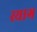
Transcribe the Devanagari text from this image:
स्याग